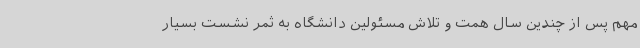
مهم پس از چندین سال همت و تلاش مسئولین دانشگاه به ثمر نشست بسیار